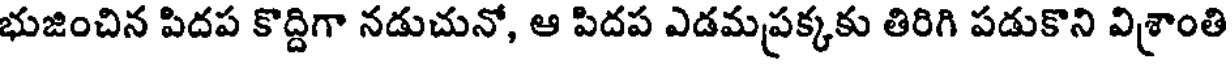
భుజించిన పిదప కొద్దిగా నడుచునో, ఆ పిదప ఎడమప్రక్కకు తిరిగి పడుకొని విశ్రాంతి